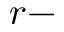
r -